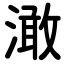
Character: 澉